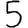
Digit: 5